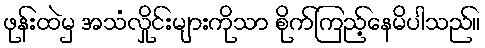
ဖုန်းထဲမှ အသံလှိုင်းများကိုသာ စိုက်ကြည့်နေမိပါသည်။